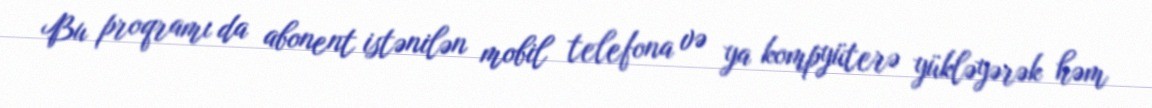
Bu proqramı da abonent istənilən mobil telefona və ya kompyüterə yükləyərək həm